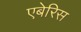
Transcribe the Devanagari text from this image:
एबेरिस